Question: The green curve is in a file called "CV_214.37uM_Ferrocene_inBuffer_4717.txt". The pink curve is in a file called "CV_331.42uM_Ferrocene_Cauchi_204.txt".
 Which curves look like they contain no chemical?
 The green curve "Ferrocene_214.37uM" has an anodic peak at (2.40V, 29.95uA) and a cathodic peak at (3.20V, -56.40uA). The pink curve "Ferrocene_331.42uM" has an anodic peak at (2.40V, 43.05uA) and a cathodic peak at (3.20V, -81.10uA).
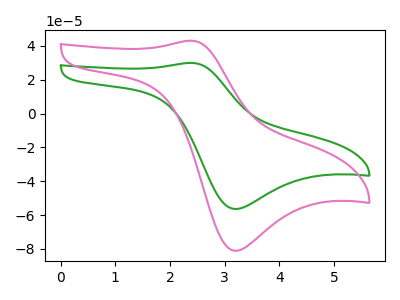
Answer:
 <answer>There are not any CV's on this graph that are likely to be blanks.</answer>
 <eval>none</eval>